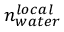
n _ { w a t e r } ^ { l o c a l }